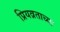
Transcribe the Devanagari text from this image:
प्रियव्रताच्या